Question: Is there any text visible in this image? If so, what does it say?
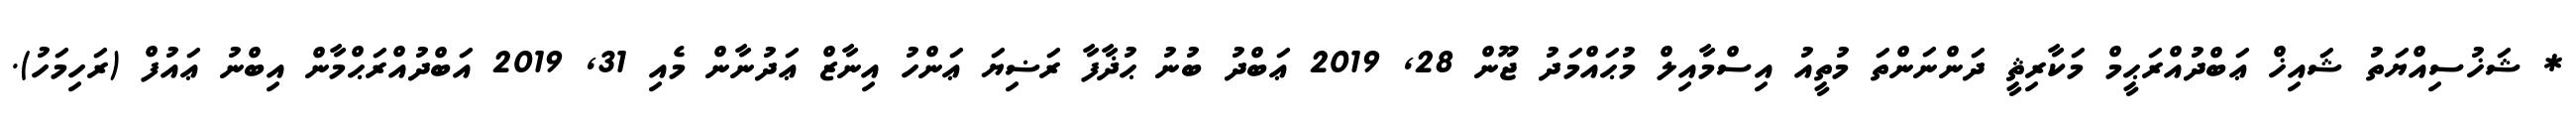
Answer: * ޝަޚުސިއްޔަތު ޝައިޚް ޢަބްދުއްރަޙީމް މަކާރިޘީ ދަންނަންތަ މުތީއު އިސްމާއިލް މުޙައްމަދު ޖޫން 28, 2019 ޢަބްދު ބުނު ޙުޛާފާ ރަޟިޔަ ޢަންހު އިނާޒް ޢަދުނާން މެއި 31, 2019 އަބްދުއްރަޙްމާން އިބްނު ޢައުފް (ރަހިމަހު).